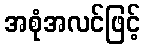
အစုံအလင်ဖြင့်